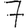
Digit: 7